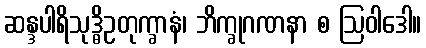
ဆန္ဒပါရိသုဒ္ဓိဥတုက္ခာနံ၊ ဘိက္ခုဂဏနာ စ ဩဝါဒေါ။